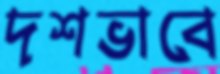
দশভাবে